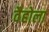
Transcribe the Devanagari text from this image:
वैहोला